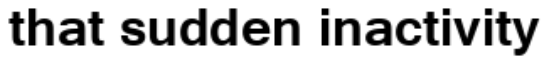
that sudden inactivity